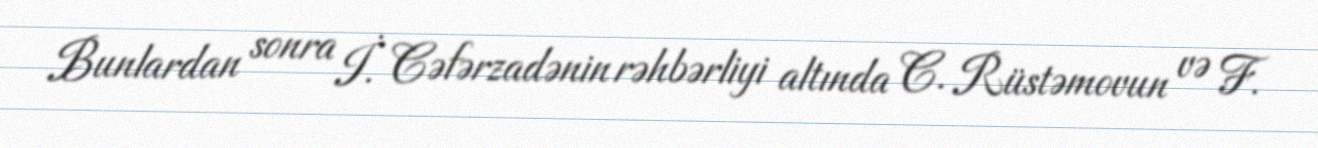
Bunlardan sonra İ. Cəfərzadənin rəhbərliyi altında C. Rüstəmovun və F.